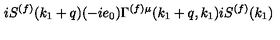
i S ^ { ( f ) } ( k _ { 1 } + q ) ( - i e _ { 0 } ) \Gamma ^ { ( f ) \mu } ( k _ { 1 } + q , k _ { 1 } ) i S ^ { ( f ) } ( k _ { 1 } )